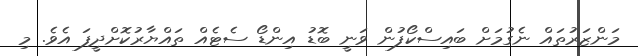
މަންޒަރުތައް ނެގުމަށް ބައިސްކޯފުން ވަނީ ބޮޑު އިންޑޯ ސެޓެއް ތައްޔާރުކޮށްދީފަ އެވެ. މި